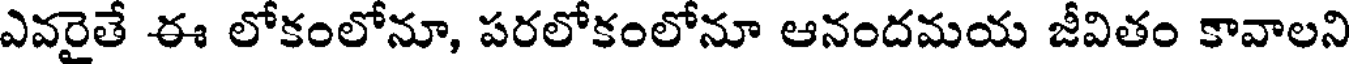
ఎవరైతే ఈ లోకంలోనూ, పరలోకంలోనూ ఆనందమయ జీవితం కావాలని